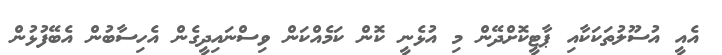
އެއީ އުސޫލުތަކަކާއި ޕާޓީކޮށްދޭން މި އުޅެނީ ކޮން ކަމެއްކަން ވިސްނައިދީގެން އެހިސާބުން އެބޭފުޅުން